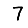
Digit: 7